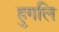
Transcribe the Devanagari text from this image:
हुगलि